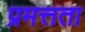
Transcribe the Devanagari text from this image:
प्रमत्तता